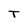
Character: T